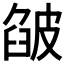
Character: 𤿷